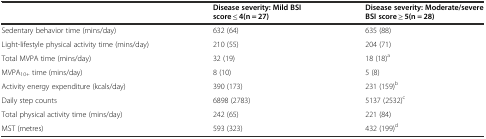
<table><thead><tr><td></td><td><b>Disease severity: Mild BSI score ≤ 4(n = 27)</b></td><td><b>Disease severity: Moderate/severe BSI score ≥ 5(n = 28)</b></td></tr></thead><tbody><tr><td>Sedentary behavior time (mins/day)</td><td>632 (64)</td><td>635 (88)</td></tr><tr><td>Light-lifestyle physical activity time (mins/day)</td><td>210 (55)</td><td>204 (71)</td></tr><tr><td>Total MVPA time (mins/day)</td><td>32 (19)</td><td>18 (18)<sup>a</sup></td></tr><tr><td>MVPA<sub>10+</sub> time (mins/day)</td><td>8 (10)</td><td>5 (8)</td></tr><tr><td>Activity energy expenditure (kcals/day)</td><td>390 (173)</td><td>231 (159)<sup>b</sup></td></tr><tr><td>Daily step counts</td><td>6898 (2783)</td><td>5137 (2532)<sup>c</sup></td></tr><tr><td>Total physical activity time (mins/day)</td><td>242 (65)</td><td>221 (84)</td></tr><tr><td>MST (metres)</td><td>593 (323)</td><td>432 (199)<sup>d</sup></td></tr></tbody></table>